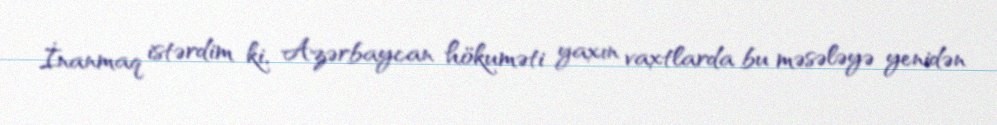
İnanmaq istərdim ki, Azərbaycan hökuməti yaxın vaxtlarda bu məsələyə yenidən